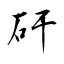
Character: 矸